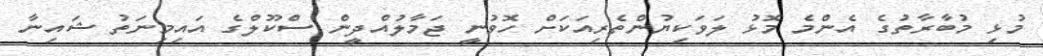
މުޅި މުބާރާތުގެ އެންމެ މޮޅު ލަވަކިޔުންތެރިއަކަށް ހޮވުނީ ޖަމާލުއްދީން ސްކޫލްގެ އައިމިނަތު ޝައިނާ